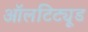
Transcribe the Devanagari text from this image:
ऑलटिट्यूड